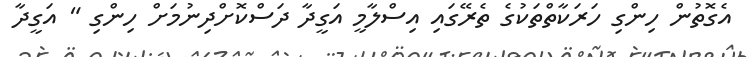
އެގޮތުން ހިންގި ހަރަކާތްތަކުގެ ތެރޭގައި އިސްލާމީ އަގީދާ ދަސްކޮށްދިނުމަށް ހިންގި " އަގީދާ